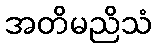
အတိမညိသံ